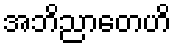
အဘိညာတေဟိ